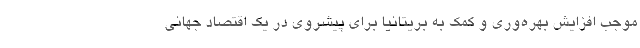
موجب افزایش بهره‌وری و کمک به بریتانیا برای پیشروی در یک اقتصاد جهانی